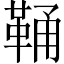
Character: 𩊾